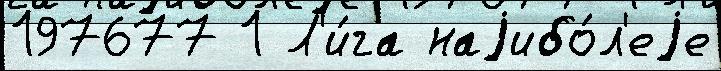
197677 1 Л'и́га наjибо́л'еjе